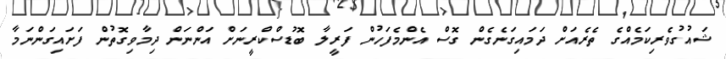
ޝައުގުވެރިކަމެއްގެ ތެރެއަށް ދަމައިގަނެގެން ގޮސް އެންމެފަހުން ފަރީލާ ބޮޑުސްކްރީނަށް އަންނަން ދިމާވިގޮތުން ފަށައިގަންނަމާ